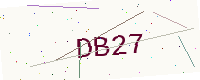
Text: DB27